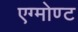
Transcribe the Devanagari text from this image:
एग्मोण्ट